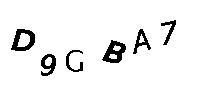
D9GBA7